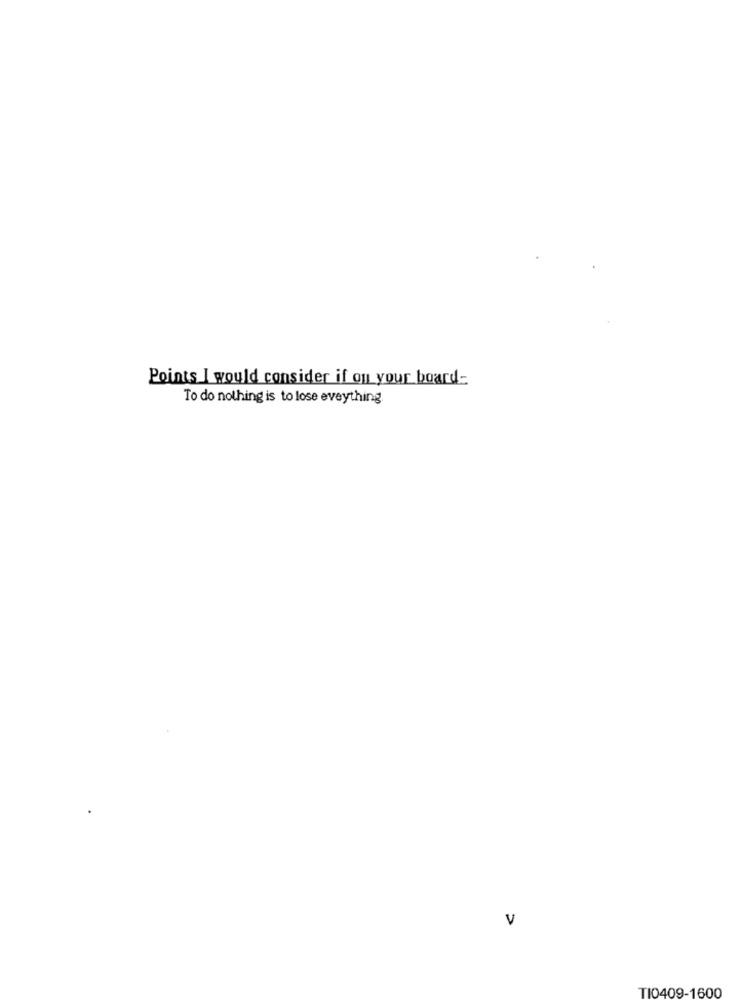
Points I would consider if ou your board-
To do nothing is to lose eveything.
V
TI0409-1600